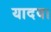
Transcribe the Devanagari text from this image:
यादव।